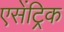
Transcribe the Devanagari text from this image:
एसेंट्रिक